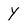
Character: Y